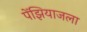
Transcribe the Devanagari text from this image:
पेंझियाजला